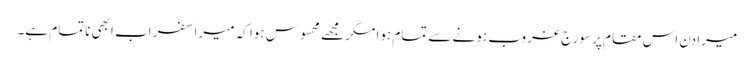
میرا دن اس مقام پر سورج غروب ہونے سے تمام ہوا مگر مجھے محسوس ہوا کہ میرا سفر اب ابھی ناتمام ہے۔